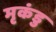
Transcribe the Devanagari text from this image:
मृकंडु